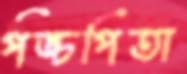
পঙ্চপিতা